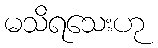
မသိရသေးဟု